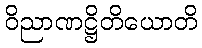
ဝိညာဏဋ္ဌိတိယောတိ